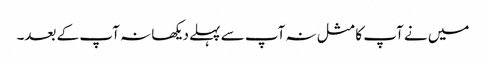
میں نے آپ کا مثل نہ آپ سے پہلے دیکھا نہ آپ کے بعد۔